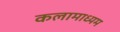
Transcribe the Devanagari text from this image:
कलामाध्यम